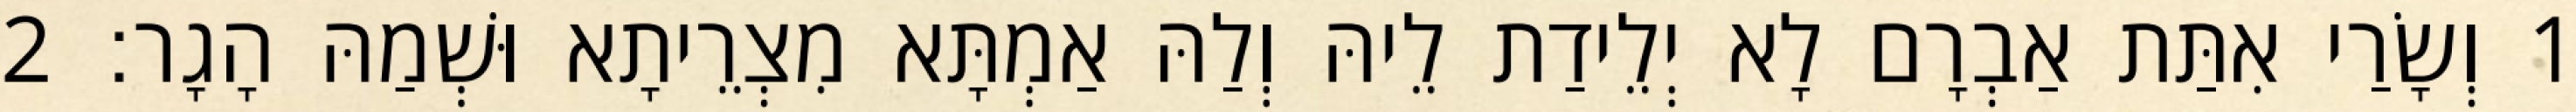
1 וְשָׂרַי אִתַּת אַבְרָם לָא יְלֵידַת לֵיהּ וְלַהּ אַמְתָּא מִצְרֵיתָא וּשְׁמַהּ הָגָר׃ 2